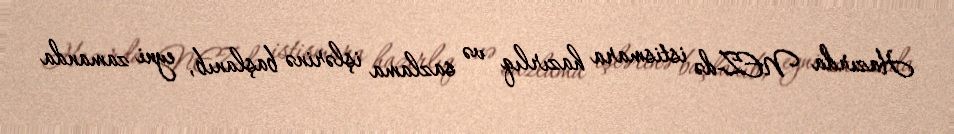
Hazırda NEZ-də istismara hazırlıq və sazlama işlərinə başlanıb, eyni zamanda